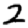
Digit: 2